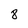
Character: 8